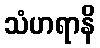
သံဟရာနိ